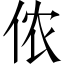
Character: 侬